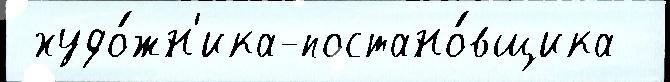
 худо́жн'ика-постано́вщика